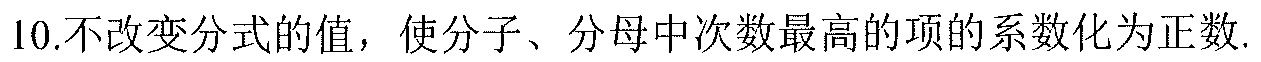
10.不改变分式的值，使分子、分母中次数最高的项的系数化为正数.